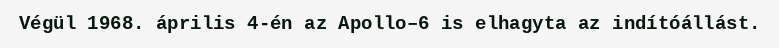
Végül 1968. április 4-én az Apollo–6 is elhagyta az indítóállást.